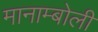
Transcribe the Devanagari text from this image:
मानाम्बोली